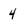
Character: 4